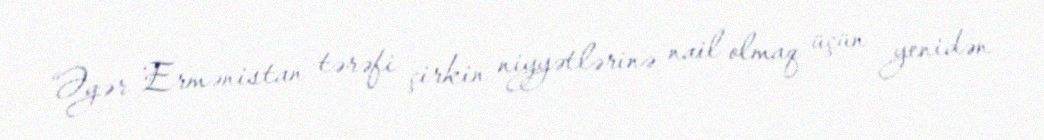
“Əgər Ermənistan tərəfi çirkin niyyətlərinə nail olmaq üçün yenidən